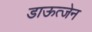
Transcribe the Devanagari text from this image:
डाऊत्जेन